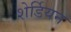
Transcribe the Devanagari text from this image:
शेर्डियन